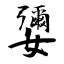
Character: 㜷